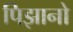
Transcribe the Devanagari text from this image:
पिझानो